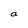
Character: a